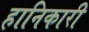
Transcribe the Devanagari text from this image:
हानिकारी